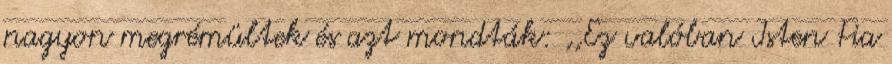
nagyon megrémültek és azt mondták: ,,Ez valóban Isten Fia